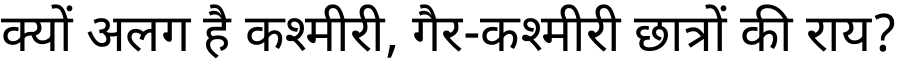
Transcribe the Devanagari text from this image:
क्यों अलग है कश्मीरी, गैर-कश्मीरी छात्रों की राय?